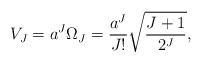
\begin{align*}V_J = a^J \Omega_J = {a^J\over J!}\sqrt{{J + 1} \over 2^J},\end{align*}